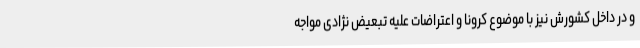
و در داخل کشورش نیز با موضوع کرونا و اعتراضات علیه تبعیض نژادی مواجه